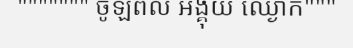
""""""" ចូឡពល អង្គុយ ឈ្ងោក"""